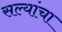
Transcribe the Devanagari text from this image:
सल्यांचा